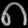
Digit: ၈